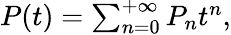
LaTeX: \begin{array}{r}{P(t)=\sum_{n=0}^{+\infty}P_{n}t^{n},}\end{array}